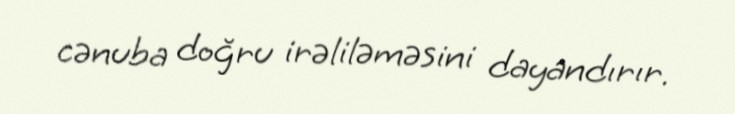
cənuba doğru irəliləməsini dayandırır.